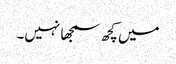
میں کچھ سمجھا نہیں۔